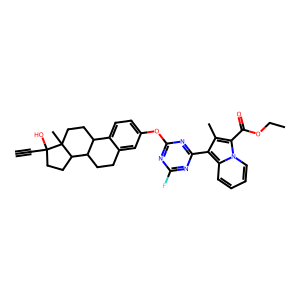
SMILES: C#CC1(O)CCC2C3CCc4cc(Oc5nc(F)nc(-c6c(C)c(C(=O)OCC)n7ccccc67)n5)ccc4C3CCC21C
Inhibits HIV replication: No